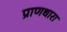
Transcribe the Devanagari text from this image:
प्राणधारा